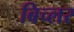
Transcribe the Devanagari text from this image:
बिच्लर